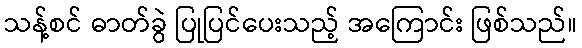
သန့်စင် ဓာတ်ခွဲ ပြုပြင်ပေးသည့် အကြောင်း ဖြစ်သည်။